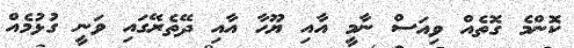
ކޮންމެ ގޮތެއް ވިއަސް ނާމީ އާއި ޔޫހާ އާއި ދޭތެރޭގައި ވަނީ ގުޅުމެއް